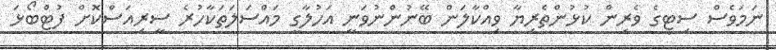
ނަމަވެސް ސިޓީގެ ވެރިން ކުޅުންތެރިޔާ ވިއްކާލަން ބޭނުންނުވަނީ އަހުލާގީ މައްސަލަތަކާހުރެ ސީރިއަސްކޮށް ފުޓްބޯޅަ